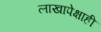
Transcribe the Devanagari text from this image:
लाखापेक्षाही